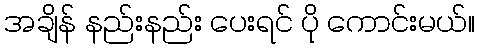
အချိန် နည်းနည်း ပေးရင် ပို ကောင်းမယ်။